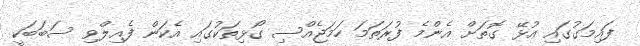
ފައިމަގުގައި އުޅޭ ގޮތަށް އެންމެ ފުރަތަމަ ހަމަޖެއްސި ގޯޅިތަކުގައި އެކަން ފެއިލްވި ސަބަބަކީ